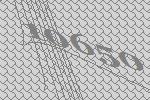
10650